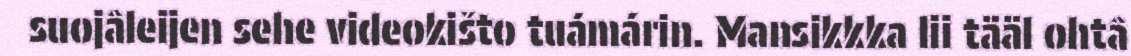
suojâleijen sehe videokišto tuámárin. Mansikkka lii tääl ohtâ